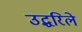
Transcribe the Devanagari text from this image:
उद्धरिले